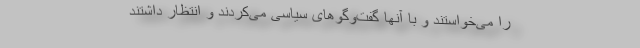
را می‌خواستند و با آنها گفت‌وگو‌های سیاسی می‌کردند و انتظار داشتند